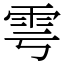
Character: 雩